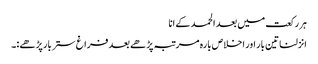
ہر رکعت میں بعد الحمد کے انا
انزلنا تین بار اور اخلاص بارہ مرتبہ پڑھے بعد فراغ ستر بار پڑھے :۔